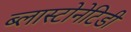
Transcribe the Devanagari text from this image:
ब्लास्टोनेटिडी